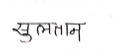
मजकूर: सुलतान